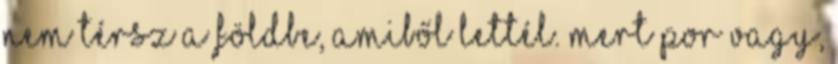
nem térsz a földbe, amiből lettél. Mert por vagy,